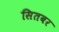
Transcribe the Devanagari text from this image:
सितबर